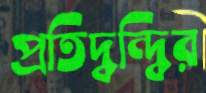
প্রতিদ্বন্দ্বির